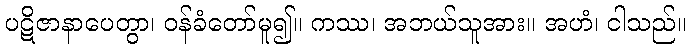
ပဋိဇာနာပေတွာ၊ ဝန်ခံတော်မူ၍။ ကဿ၊ အဘယ်သူအား။ အဟံ၊ ငါသည်။